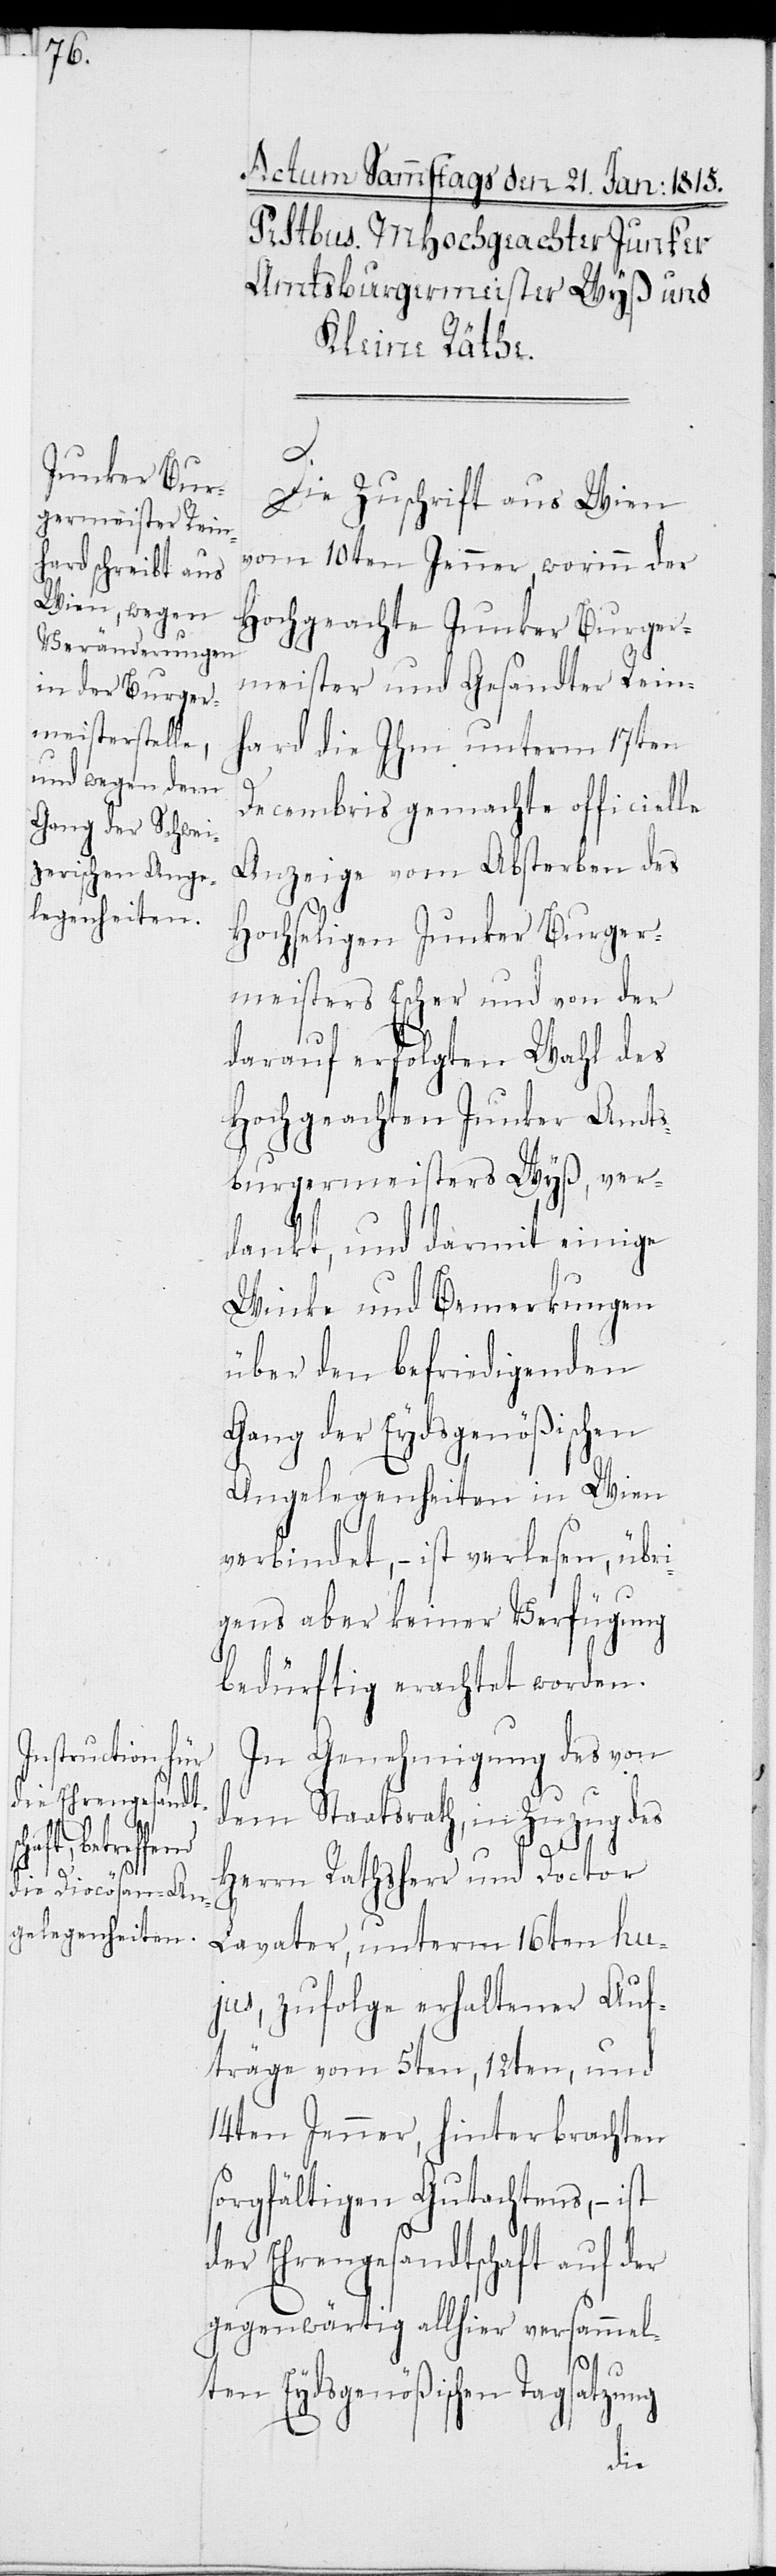
Die Zuschrift aus Wien
vom 10ten Jenner, worinn der
Hochgeachte Junker Burger¬
meister und Gesandter Rein¬
hard die ihm unterm 17ten
Decembris gemachte officielle
Anzeige vom Absterben des
Hochseligen Junker Burger¬
meisters Escher und von der
darauf erfolgten Wahl des
Hochgeachten Junker Amts¬
burgermeisters Wyß, ver¬
dankt, und darmit einige
Winke und Bemerkungen
über den befriedigenden
Gang der Eydsgenößischen
Angelegenheiten in Wien
verbindet, – ist verlesen, übri¬
gens aber keiner Verfügung
bedürftig erachtet worden.
In Genehmigung des von
dem Staatsrath, in Zuzug des
Herrn Rathsherr und Doctor
Lavater, unterm 16ten hu¬
jus, zufolge erhaltener Auf¬
träge vom 5ten, 12ten, und
14ten Jenner, hinterbrachten
sorgfältigen Gutachtens, – ist
der Ehrengesandtschaft auf der
gegenwärtig allhier versammel¬
ten Eydsgenößischen Tagsatzung